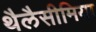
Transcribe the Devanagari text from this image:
थैलैसीमिया